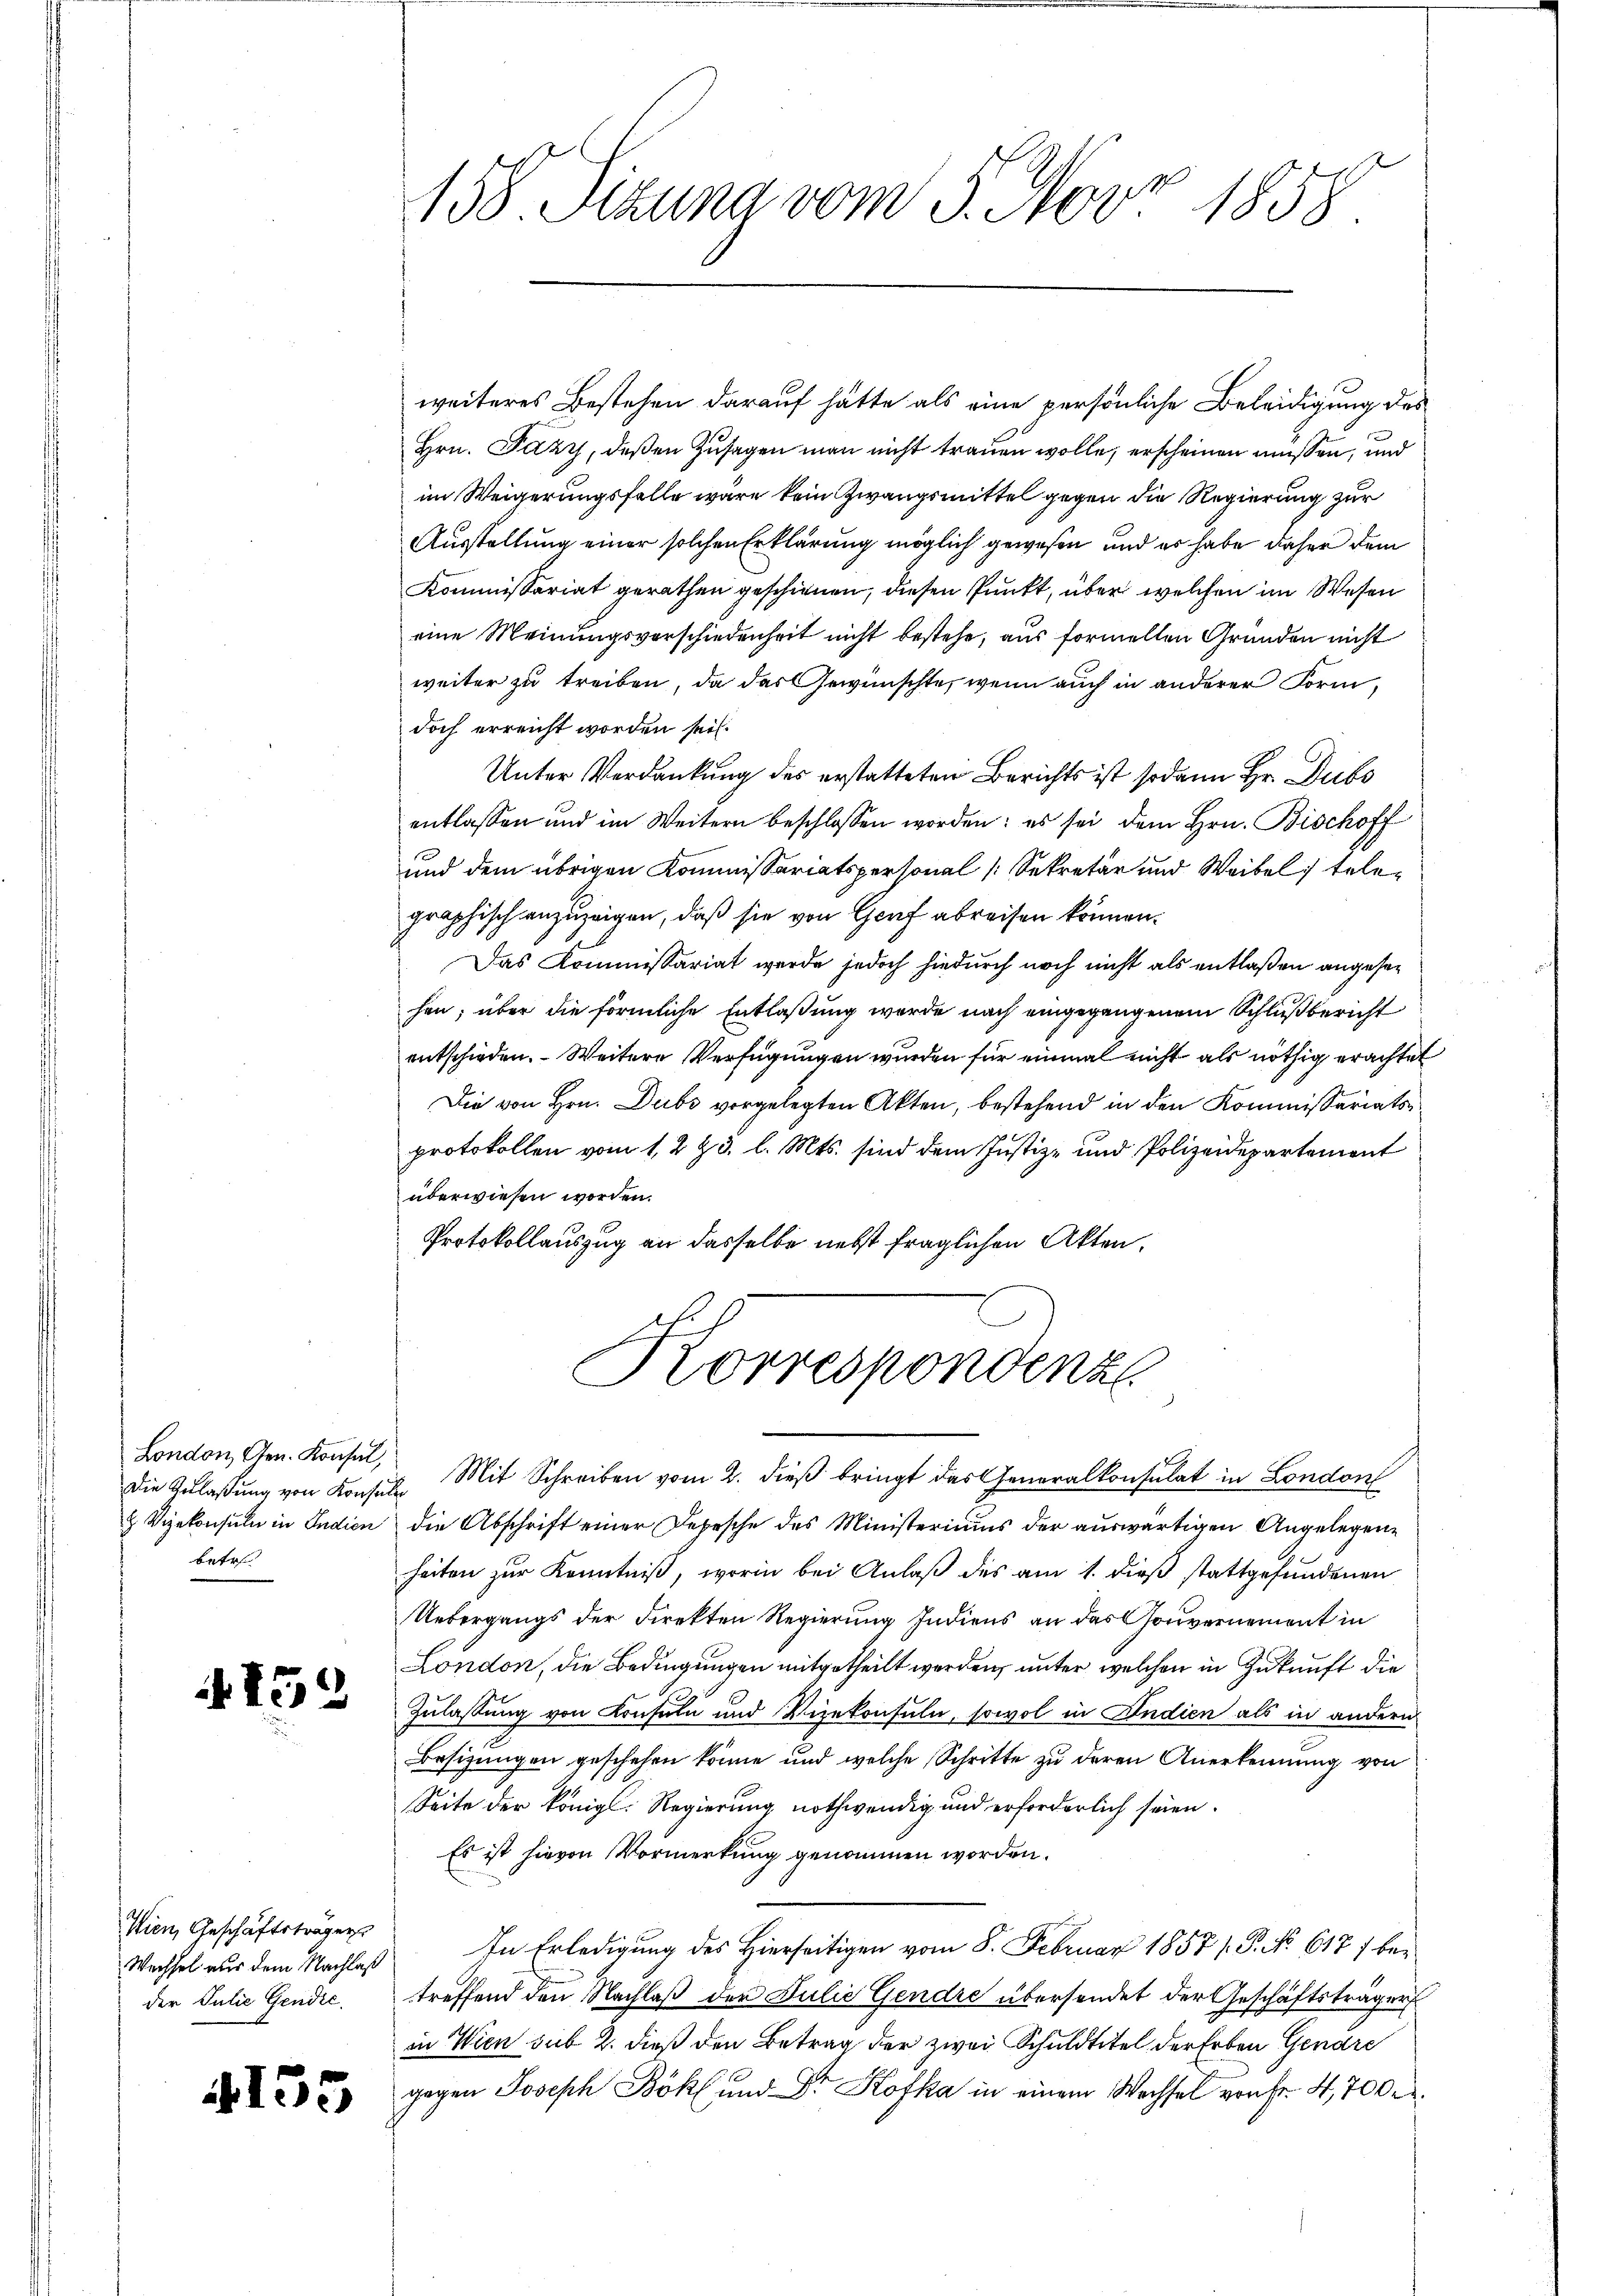
Die Anlaßung von Konsulen
betre

159

Wien, Geschäftsträgers
Wechsel aus dem Nachlaß
der Julie Gendić,

4155

2
158. Sitzung vom 3. Nov. 1858

weiteres Bestehen darauf hätte als eine persönliche Beleidigung des
Hrn. Fazy, deßen Zusagen man nicht trauen wolle, erscheinen müssen, und
im Weigerungsfalle wäre kein Zwangsmittel gegen die Regierung zur
Ausstellung einer solchen Erklärung möglich gewesen und es habe daher dem
Kommissariat gerathen geschienen, diesen Punkt, über welchen im Wesen
eine Meinungsverschiedenheit nicht bestehe, aus formellen Gründen nicht
weiter zu treiben, da das Gewünschte, wenn auch in anderer Form,
doch erreicht worden sei.
Unter Verdankung des erstatteten Berichts ist sodann Hr. Dubs
entlassen und im Weitern beschlossen worden; es sei dem Hrn. Bischoff
und dem übrigen Kommissariatspersonal (Sekretär und Weibel telegraphisch anzuzeigen, daß sie von Genf abreisen können.
Das Kommissariat werde jedoch hiedurch noch nicht als entlaßen angesehen; über die förmliche Entlaßung wurde nach eingegangenem Schlußbericht
entschieden. Weitere Verfügungen wurden für einmal nicht als nöthig erachtet
Die von Hrn. Dubs vorgelegten Akten, bestehend in den Kommissariatsprotokollen vom 12 & 3. l. Mts. sind dem Justiz- und Polizeidepartement
überwiesen worden.
Protokollauszug an dasselbe nebst fraglichen Akten.

Korrespondenz

London, Gen. Konsul, Mit Schreiben vom 2. dieß bringt das Generalkonsulat in London
 Vizekonsuln in Indien die Abschrift einer Depesche des Ministeriums der auswärtigen Angelegenheiten zur Kenntniß, worin bei Anlaß des am 1. dieß stattgefundenen
Uebergangs der Direkten Regierung Indiens an das Gouvernement in
London, die Bedingungen mitgetheilt werden, unter welchen in Zukunft die
Zulassung von Konsuln und Vizekonsuln, sowol in Indien als in andern
Besizungen geschehen könne und welche Schritte zu deren Anerkennung von
Seite der Königl. Regierung nothwendig und erforderlich seien.
Es ist hievon Vormerkung genommen worden.
In Erledigung des Hierseitigen vom 8. Februar 1857 /. P. No 617 f betreffend den Nachlaß der Julie Gendre übersendet der Geschäftsträger
in Wien sub 2. dieß den Betrag der zwei Schuldtitel der Erben Gendre
gegen Joseph Böhl und Dr. Hofka in einem Wechsel von Fr. 4,700 r